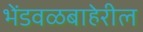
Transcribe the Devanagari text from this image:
भेंडवळबाहेरील